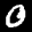
Label: 0